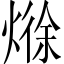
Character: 𪹘